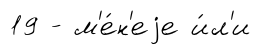
19 - м'е́н'еjе и́л'и